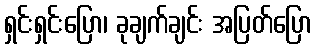
ရှင်းရှင်းပြော၊ ခုချက်ချင်း အပြတ်ပြော